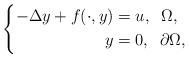
LaTeX: \begin{align*}\left \{\begin{aligned}-\Delta y + f(\cdot, y)&=u, \;\; \Omega,\\y&=0, \;\; \partial \Omega,\end{aligned}\right. \end{align*}